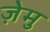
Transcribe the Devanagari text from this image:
ज़ेमु